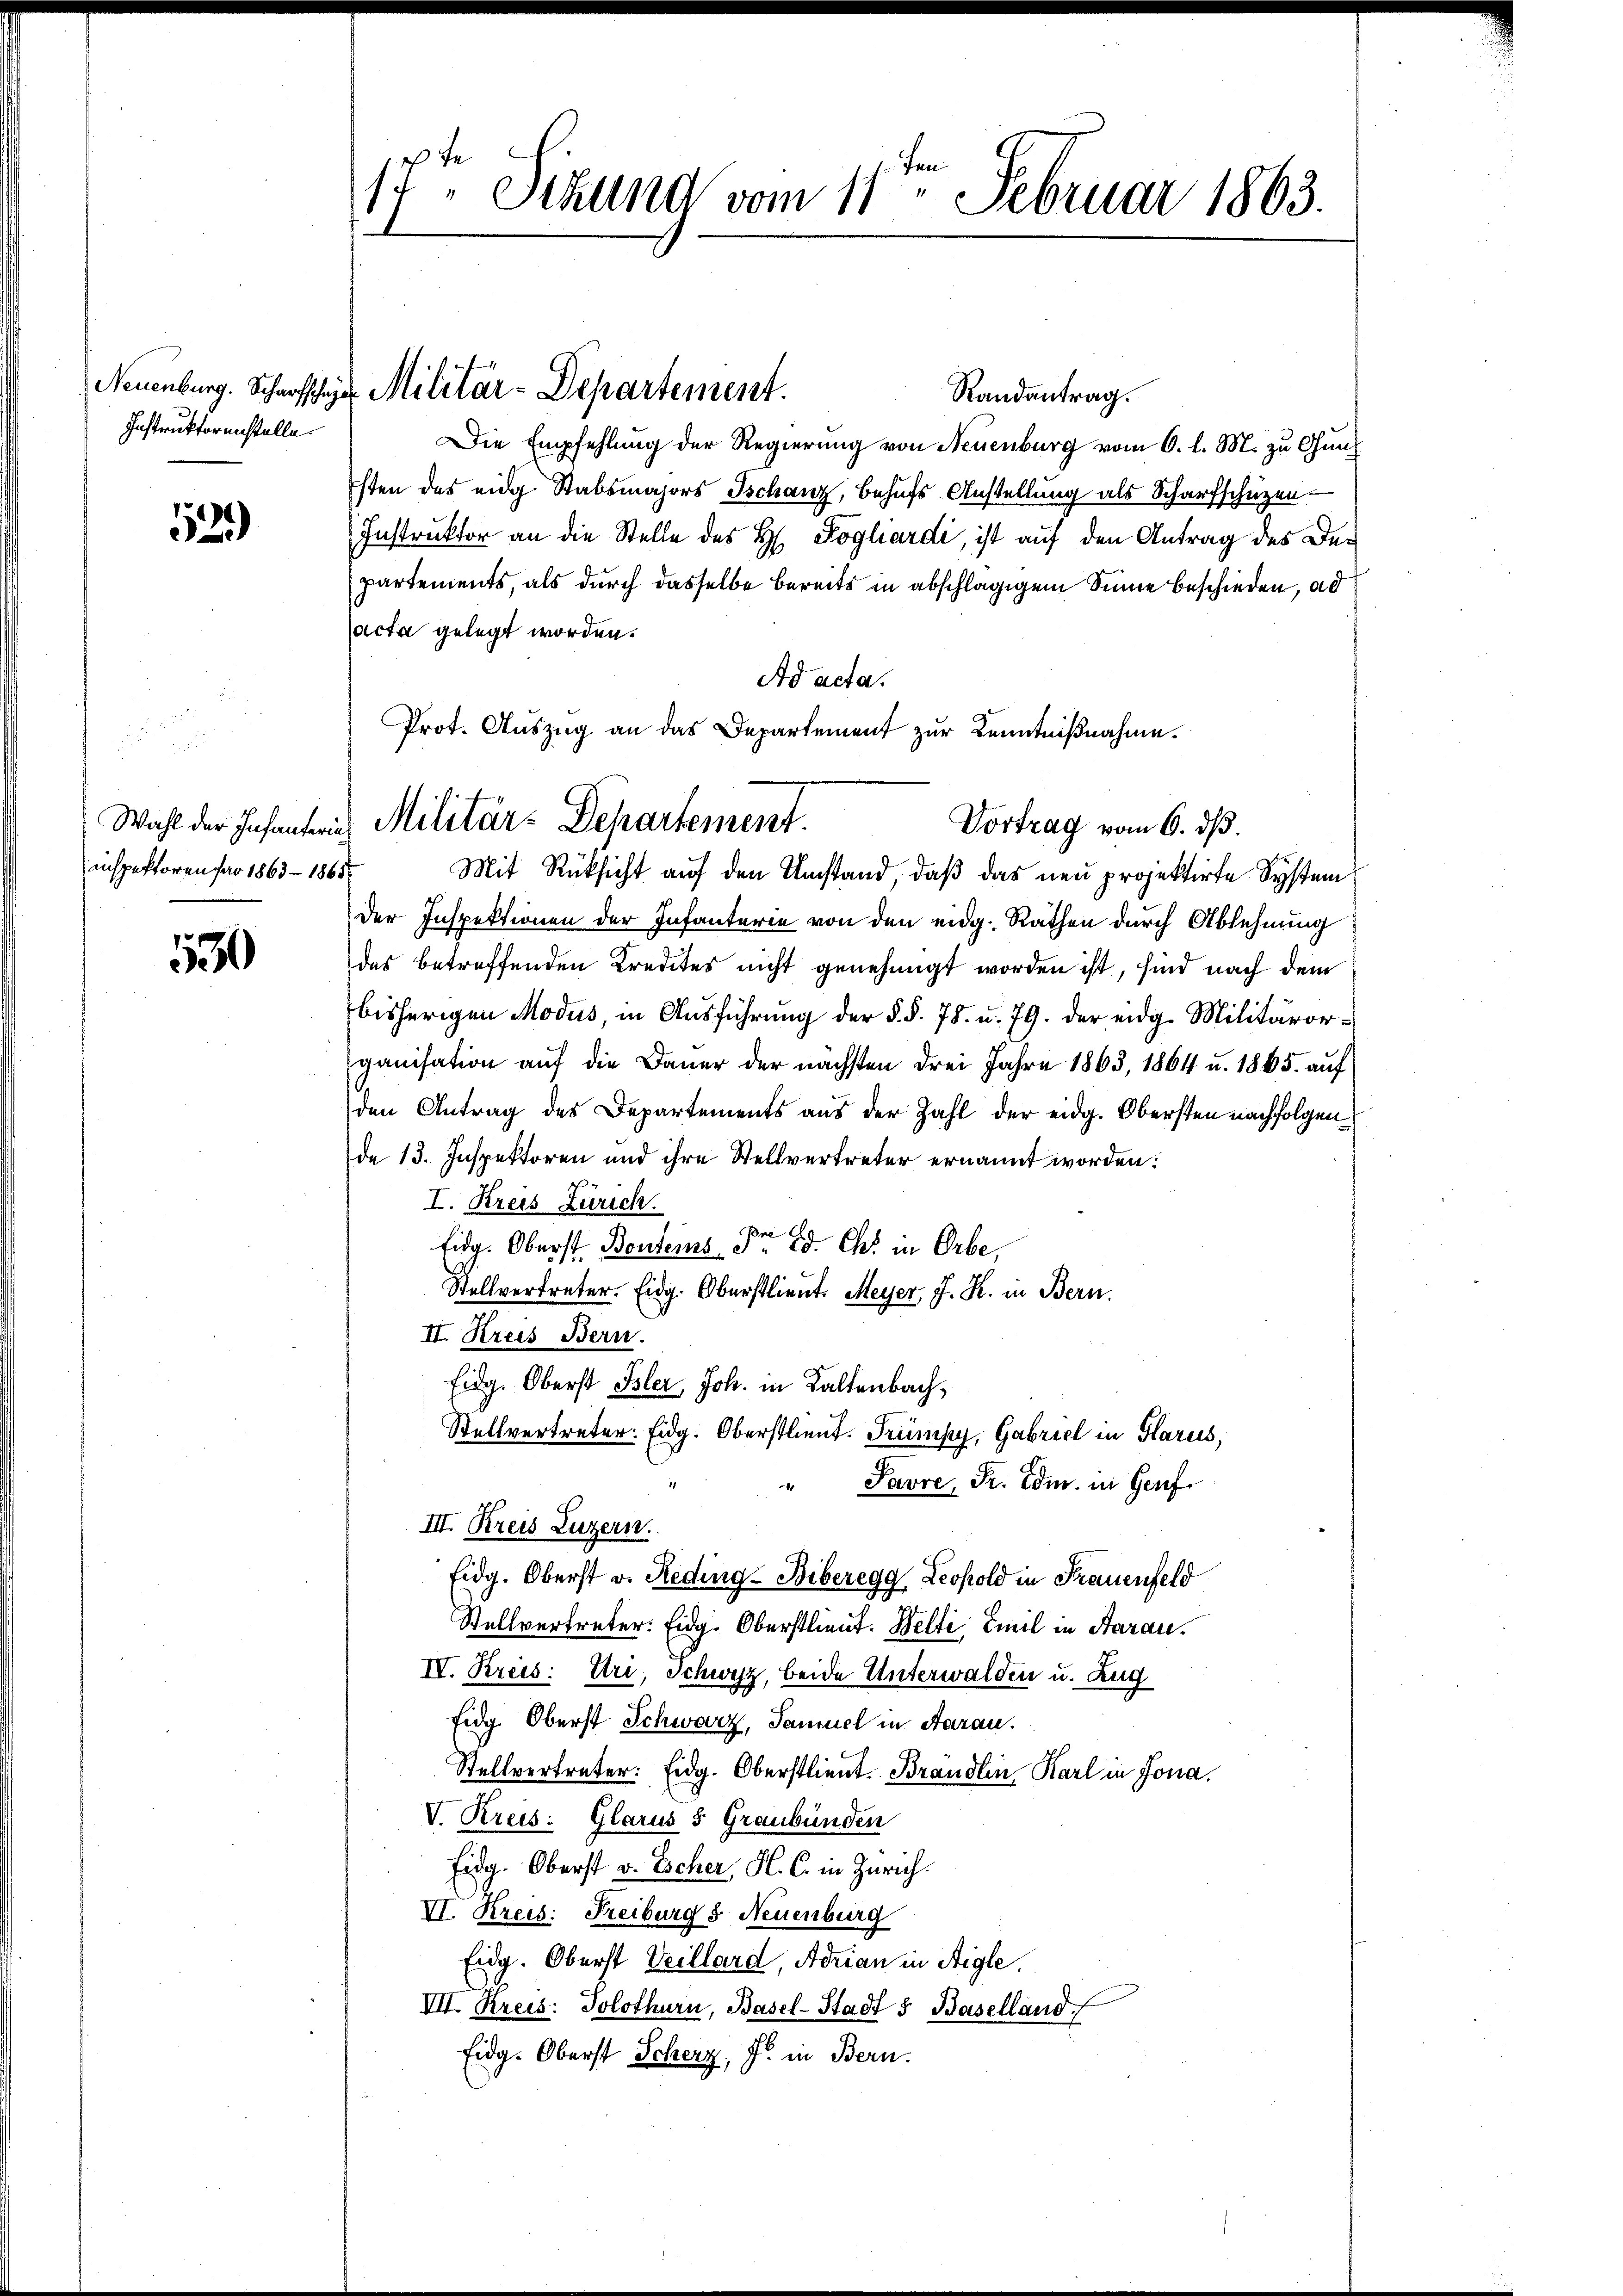
Instruktorenstelle.

1529)

inspektoren pro 1863 - 1865

530

17. Sitzung vom 11. Februar 1863.

Neuenburg. Scharfsche Militär-Departement.

Randantrag.
Die Empfehlung der Regierung von Neuenburg vom 6. l. M. zu Guns
sten des eidg Stabsmajors Tschanz, Behufs Anstellung als Scharfschützen.
Instruktor an die Stelle des H. Poghardi, ist auf den Antrag des Departements, als durch dasselbe bereits in abschlägigem Sinne beschieden, ad
acta gelegt worden.
Ad acta.
Vortrag vom 6. ds.
Mit Rüksicht auf den Umstand, daß das neu projektirte System
Der Inspektionen der Infanterie von den eidg. Rathen durch Ablehnung
das betreffenden Kredites nicht genehmigt worden ist, sind nach dem
bisherigen Modus, in Ausführung der §. §. 78. u. 79. der eidg. Militärorganisation auf die Dauer der nächsten drei Jahre 1863, 1864 u. 1865 auf
den Antrag des Departements aus der Zahl der eidg. Obersten nachfolgende 13. Inspektoren und ihre Stellvertreter ernannt worden:
I. Kreis Zürich.
Eidg. Oberst Benteins Dr. Ed. Chr. in Orbe,
1
Stellvertreter. Eidg. Oberstlieut. Meyer, J. R. in Bern.
II. Kreis Bern.
Eidg. Oberst Isler, Joh. in Kaltenbach,
Stellvertreter: Eidg. Oberstlieut. Trümpy, Gabriel in Glarus,
Pavre, Sr. Edm. in Genf
III. Kreis Luzern.
Eidg. Oberst v. Reding-Biberegg Leopold in Frauenfeld
Stellvertreter: Eidg. Oberstlieut. Welti, Emil in Aarau
IV. Kreis: Uri, Schwyz, beide Unterwalden u. Zug
Eidg. Oberst Schwarz, Samuel in Aarau
Stellvertreter: Eidg. Oberstlieut. Brandlin, Karl in Jona.
V. Kreis: Glarus 3 Graubünden
Eidg. Oberst v. Escher, H. C. in Zürich.
VI. Kreis: Freiburg & Neuenburg
Eidg. Oberst Veillard, Adrian in Aigle,
VII. Kreis: Solothurn, Basel-Stadt & Baselland.
Eidg. Oberst Scherz, J. in Bern.

Prot. Auszug an das Departement zur Kenntnißnahme.
Wahl der Infanteres Militär-Departement.